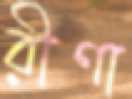
রীণা